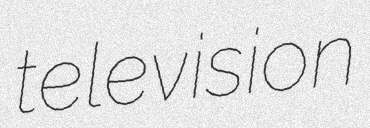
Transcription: television